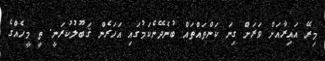
މިރޭ އައިރާއަށް ވަރަށް ގިނަ ކަންތައްތައް ބުނެދޭނެކަމުގައި އަހަރެން ޤަބޫލުކުރަނީ. ތީ މީހެއްގެ